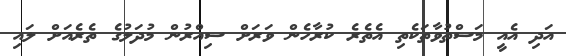
އަދި އެއީ މަސްތުވާތަކެތި އެތެރެ ކުރާހެން ވަރަށް ސިއްރުން މުދަލުގެ ތެރެއަށް ލައި